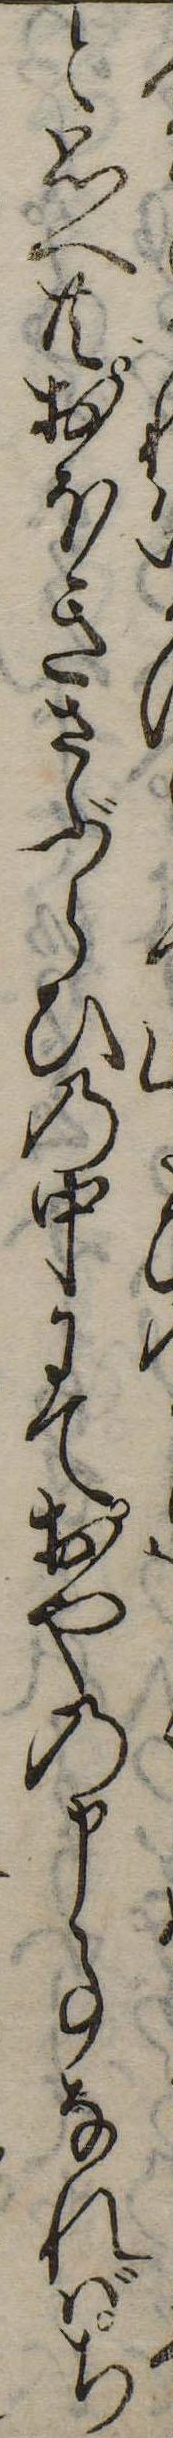
と思へ共おほきさぶらひの中にておやの申事なればち